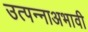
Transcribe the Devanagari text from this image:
उत्पन्नाअभावी